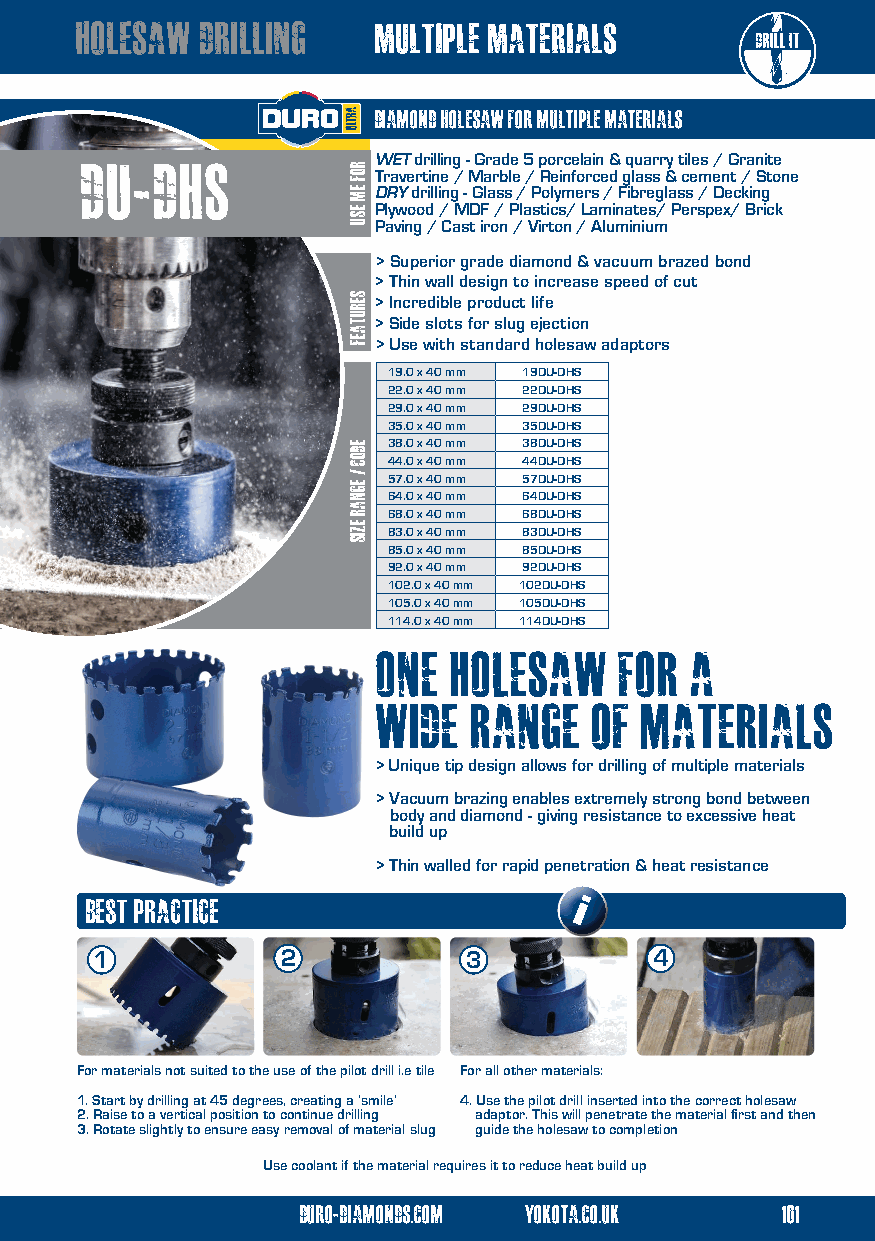
holesaw drilling    multiple materials
 diamond holesaw for multiple materials
 du-dhs              WET drilling - Grade 5 porcelain & quarry tiles / Granite
 Travertine / Marble / Reinforced glass & cement / Stone
 DRY drilling - Glass / Polymers / Fibreglass / Decking
 Plywood / MDF / Plastics/ Laminates/ Perspex/ Brick
 Paving / Cast iron / Virton / Aluminium
 > Superior grade diamond & vacuum brazed bond
 > Thin wall design to increase speed of cut
 > Incredible product life
 > Side slots for slug ejection
 > Use with standard holesaw adaptors
 19.0 x 40 mm 19DU-DHS
 22.0 x 40 mm 22DU-DHS
 29.0 x 40 mm 29DU-DHS
 35.0 x 40 mm 35DU-DHS
 38.0 x 40 mm 38DU-DHS
 44.0 x 40 mm 44DU-DHS
 57.0 x 40 mm 57DU-DHS
 64.0 x 40 mm 64DU-DHS
 68.0 x 40 mm 68DU-DHS
 83.0 x 40 mm 83DU-DHS
 85.0 x 40 mm 85DU-DHS
 92.0 x 40 mm 92DU-DHS
 102.0 x 40 mm 102DU-DHS
 105.0 x 40 mm 105DU-DHS
 114.0 x 40 mm 114DU-DHS
 one  holesaw    for  a
 fast tile drilling with angle grinders!
 wide  range   of materials
 > Unique tip design allows for drilling of multiple materials
 > Vacuum brazing enables extremely strong bond between
 body and diamond - giving resistance to excessive heat
 build up
 > Thin walled for rapid penetration & heat resistance
 BEST PRACTICE
 i
 1            2           3           4
 For materials not suited to the use of the pilot drill i.e tile For all other materials:
 1. Start by drilling at 45 degrees, creating a ‘smile’ 4. Use the pilot drill inserted into the correct holesaw
 2. Raise to a vertical position to continue drilling adaptor. This will penetrate the material first and then
 3. Rotate slightly to ensure easy removal of material slug guide the holesaw to completion
 Use coolant if the material requires it to reduce heat build up
 duro-diamonds.com yokota.co.uk  101
 ROF
 EM
 ESU
 serutaef
 eDOC
 / Egnar
 ezis